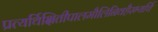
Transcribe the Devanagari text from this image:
प्रत्यर्थिक्षितीपालमौलिनिवहैरभ्यर्चि